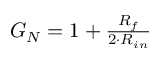
\begin{array} { r } { G _ { N } = 1 + \frac { R _ { f } } { 2 \cdot R _ { i n } } } \end{array}